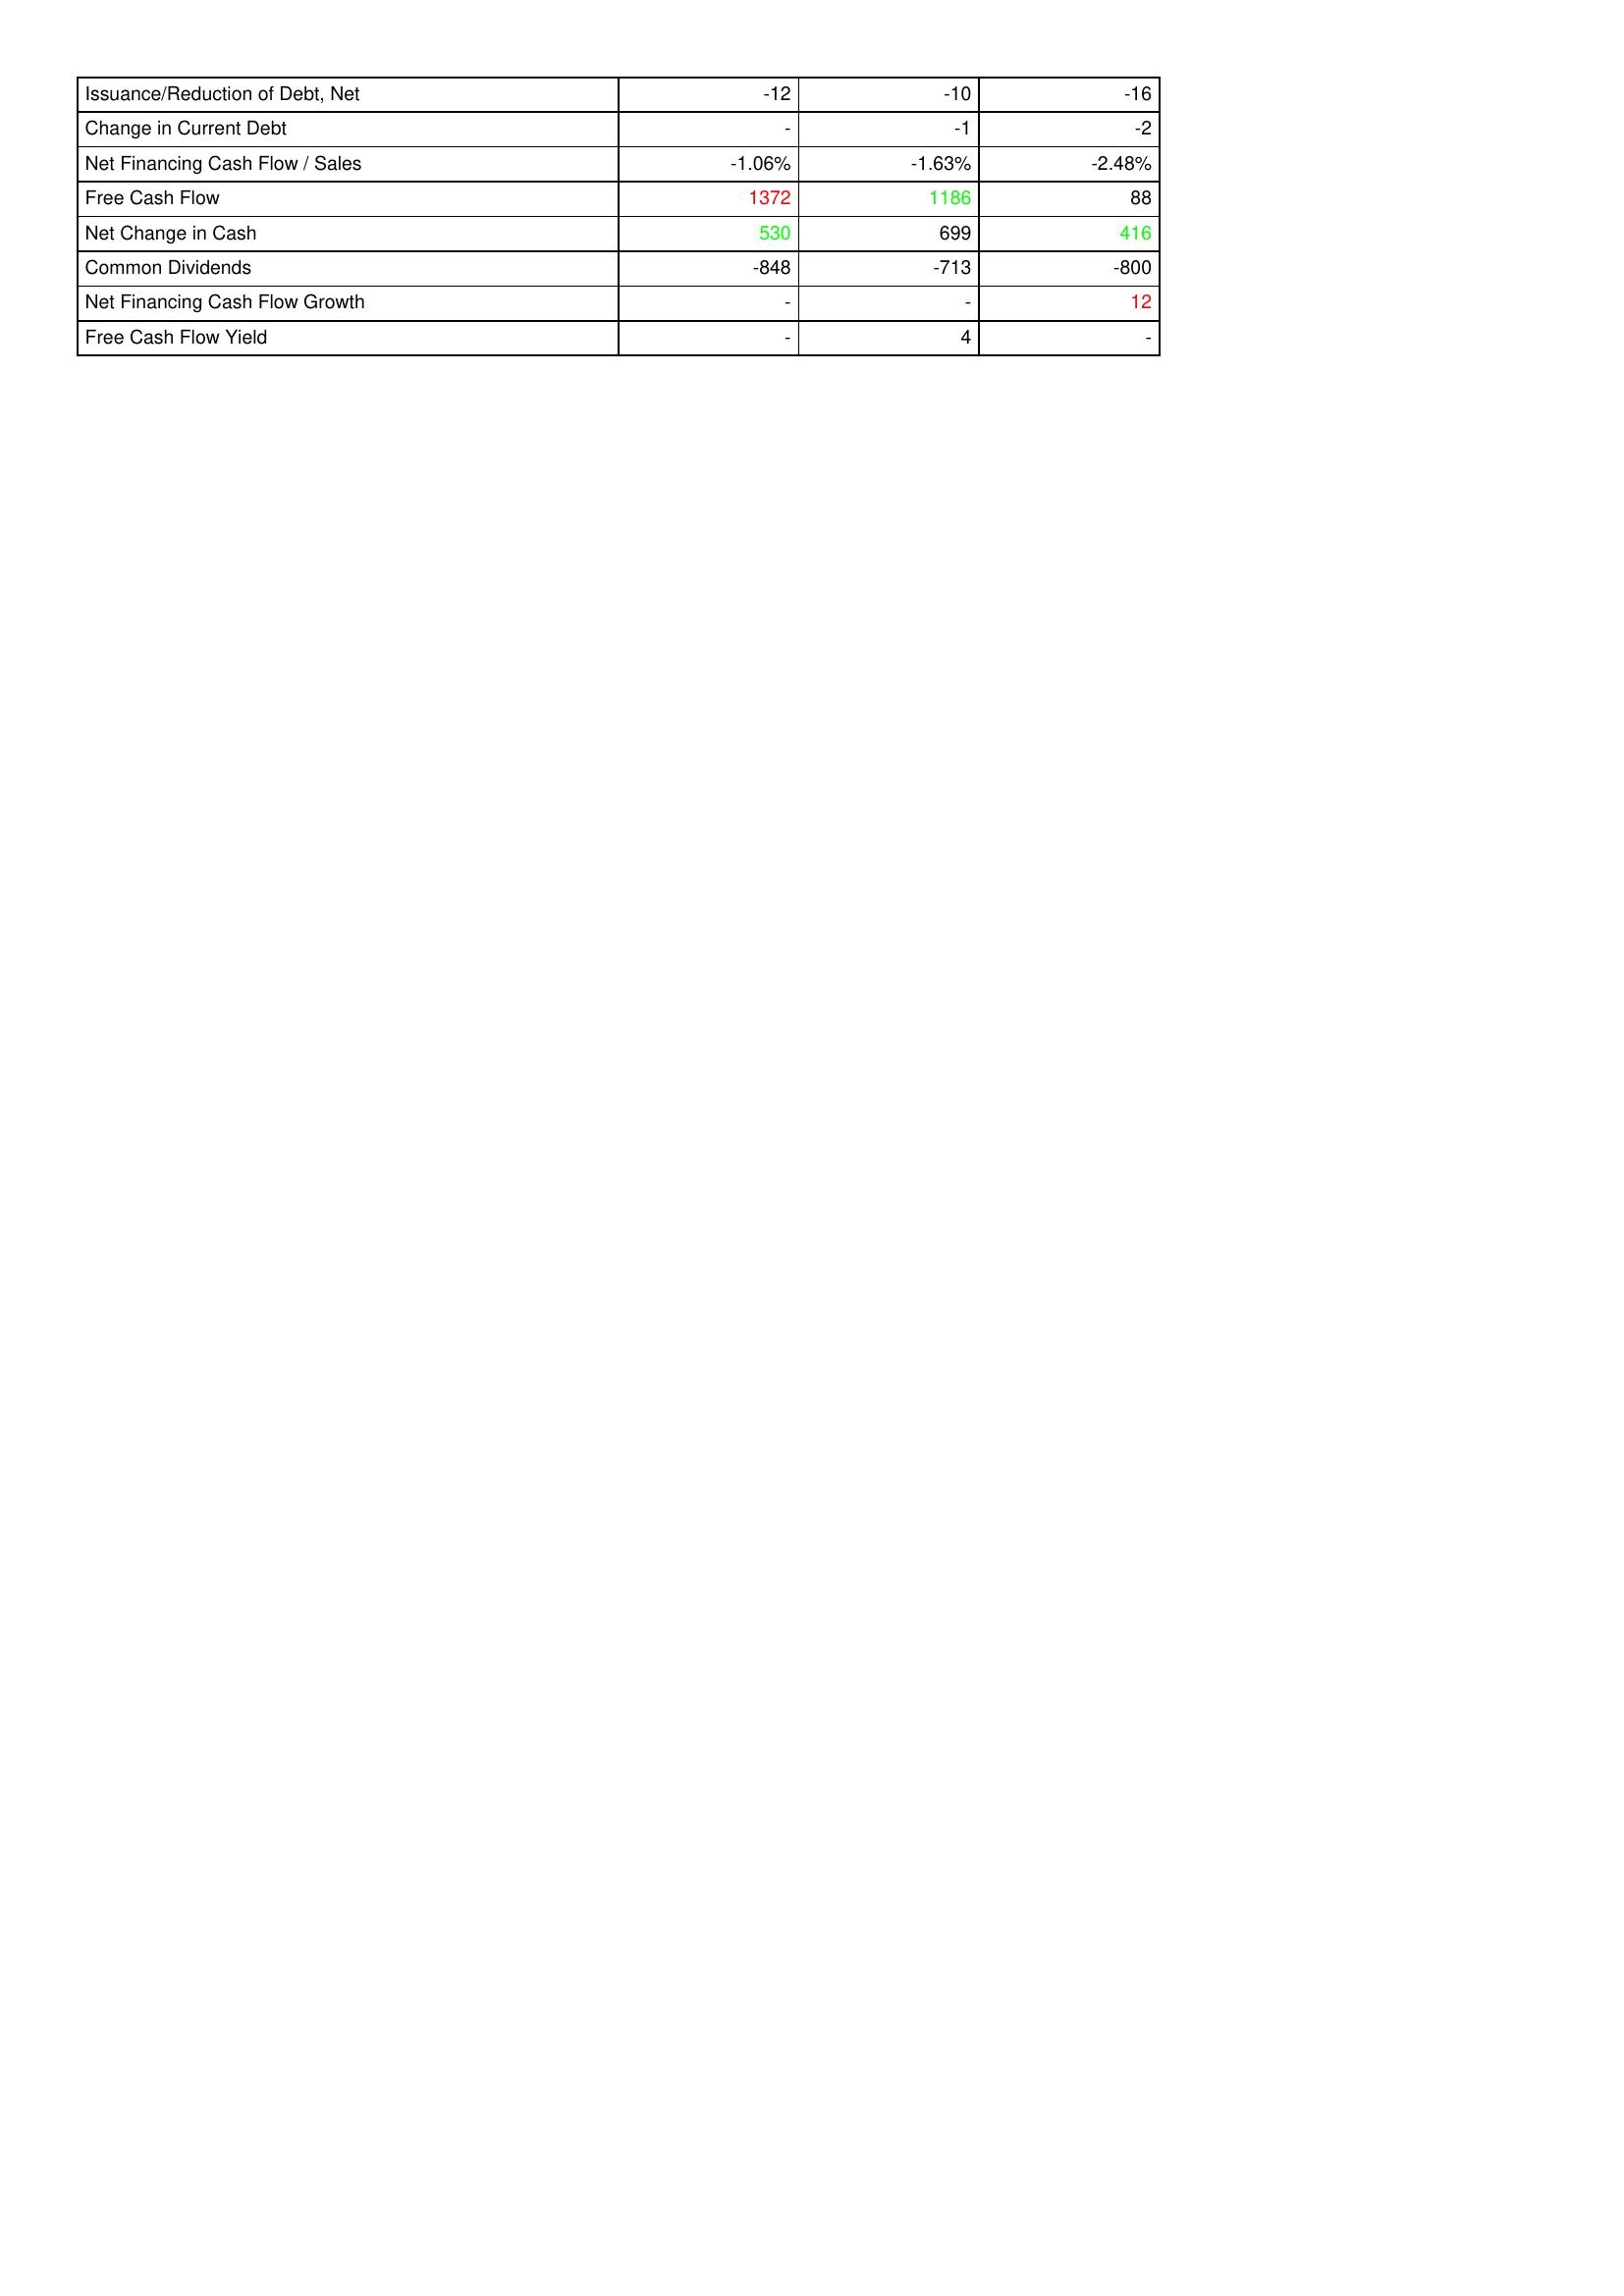
gt_parse: 2010: Financing Activities: Issuance/Reduction of Debt, Net: -12
Change in Current Debt: -
Net Financing Cash Flow / Sales: -1.06%
Free Cash Flow: 1372
Net Change in Cash: 530
Common Dividends: -848
Net Financing Cash Flow Growth: -
Free Cash Flow Yield: -
2009: Financing Activities: Issuance/Reduction of Debt, Net: -10
Change in Current Debt: -1
Net Financing Cash Flow / Sales: -1.63%
Free Cash Flow: 1186
Net Change in Cash: 699
Common Dividends: -713
Net Financing Cash Flow Growth: -
Free Cash Flow Yield: 4
2008: Financing Activities: Issuance/Reduction of Debt, Net: -16
Change in Current Debt: -2
Net Financing Cash Flow / Sales: -2.48%
Free Cash Flow: 88
Net Change in Cash: 416
Common Dividends: -800
Net Financing Cash Flow Growth: 12
Free Cash Flow Yield: -